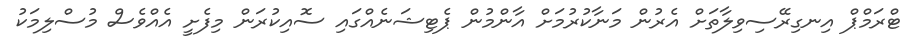
ޓްރަމްޕް އިނގިރޭސިވިލާތަށް އެރުން މަނާކުރުމަށް އާންމުން ޕެޓިޝަނެއްގައި ސޮއިކުރަން މިފެށީ އެއްވެސް މުސްލިމަކު